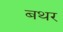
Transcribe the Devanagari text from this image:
बथर